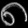
Digit: ၈